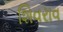
શિવરાવ